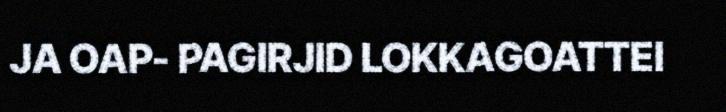
JA OAP- PAGIRJID LOKKAGOATTEI